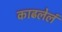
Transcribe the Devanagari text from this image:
काढलेलं